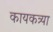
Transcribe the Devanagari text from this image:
कायकत्र्या